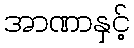
အာဏာနှင့်